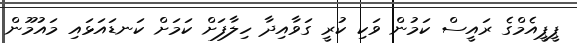
ޕީޕީއެމްގެ ރައީސް ކަމުން ވަކި ކުރީ ގަވާއިދާ ހިލާފަށް ކަމަށް ކަނޑައަޅައި މައުމޫން